Leningradi_Edasi_toimetus, lk 94
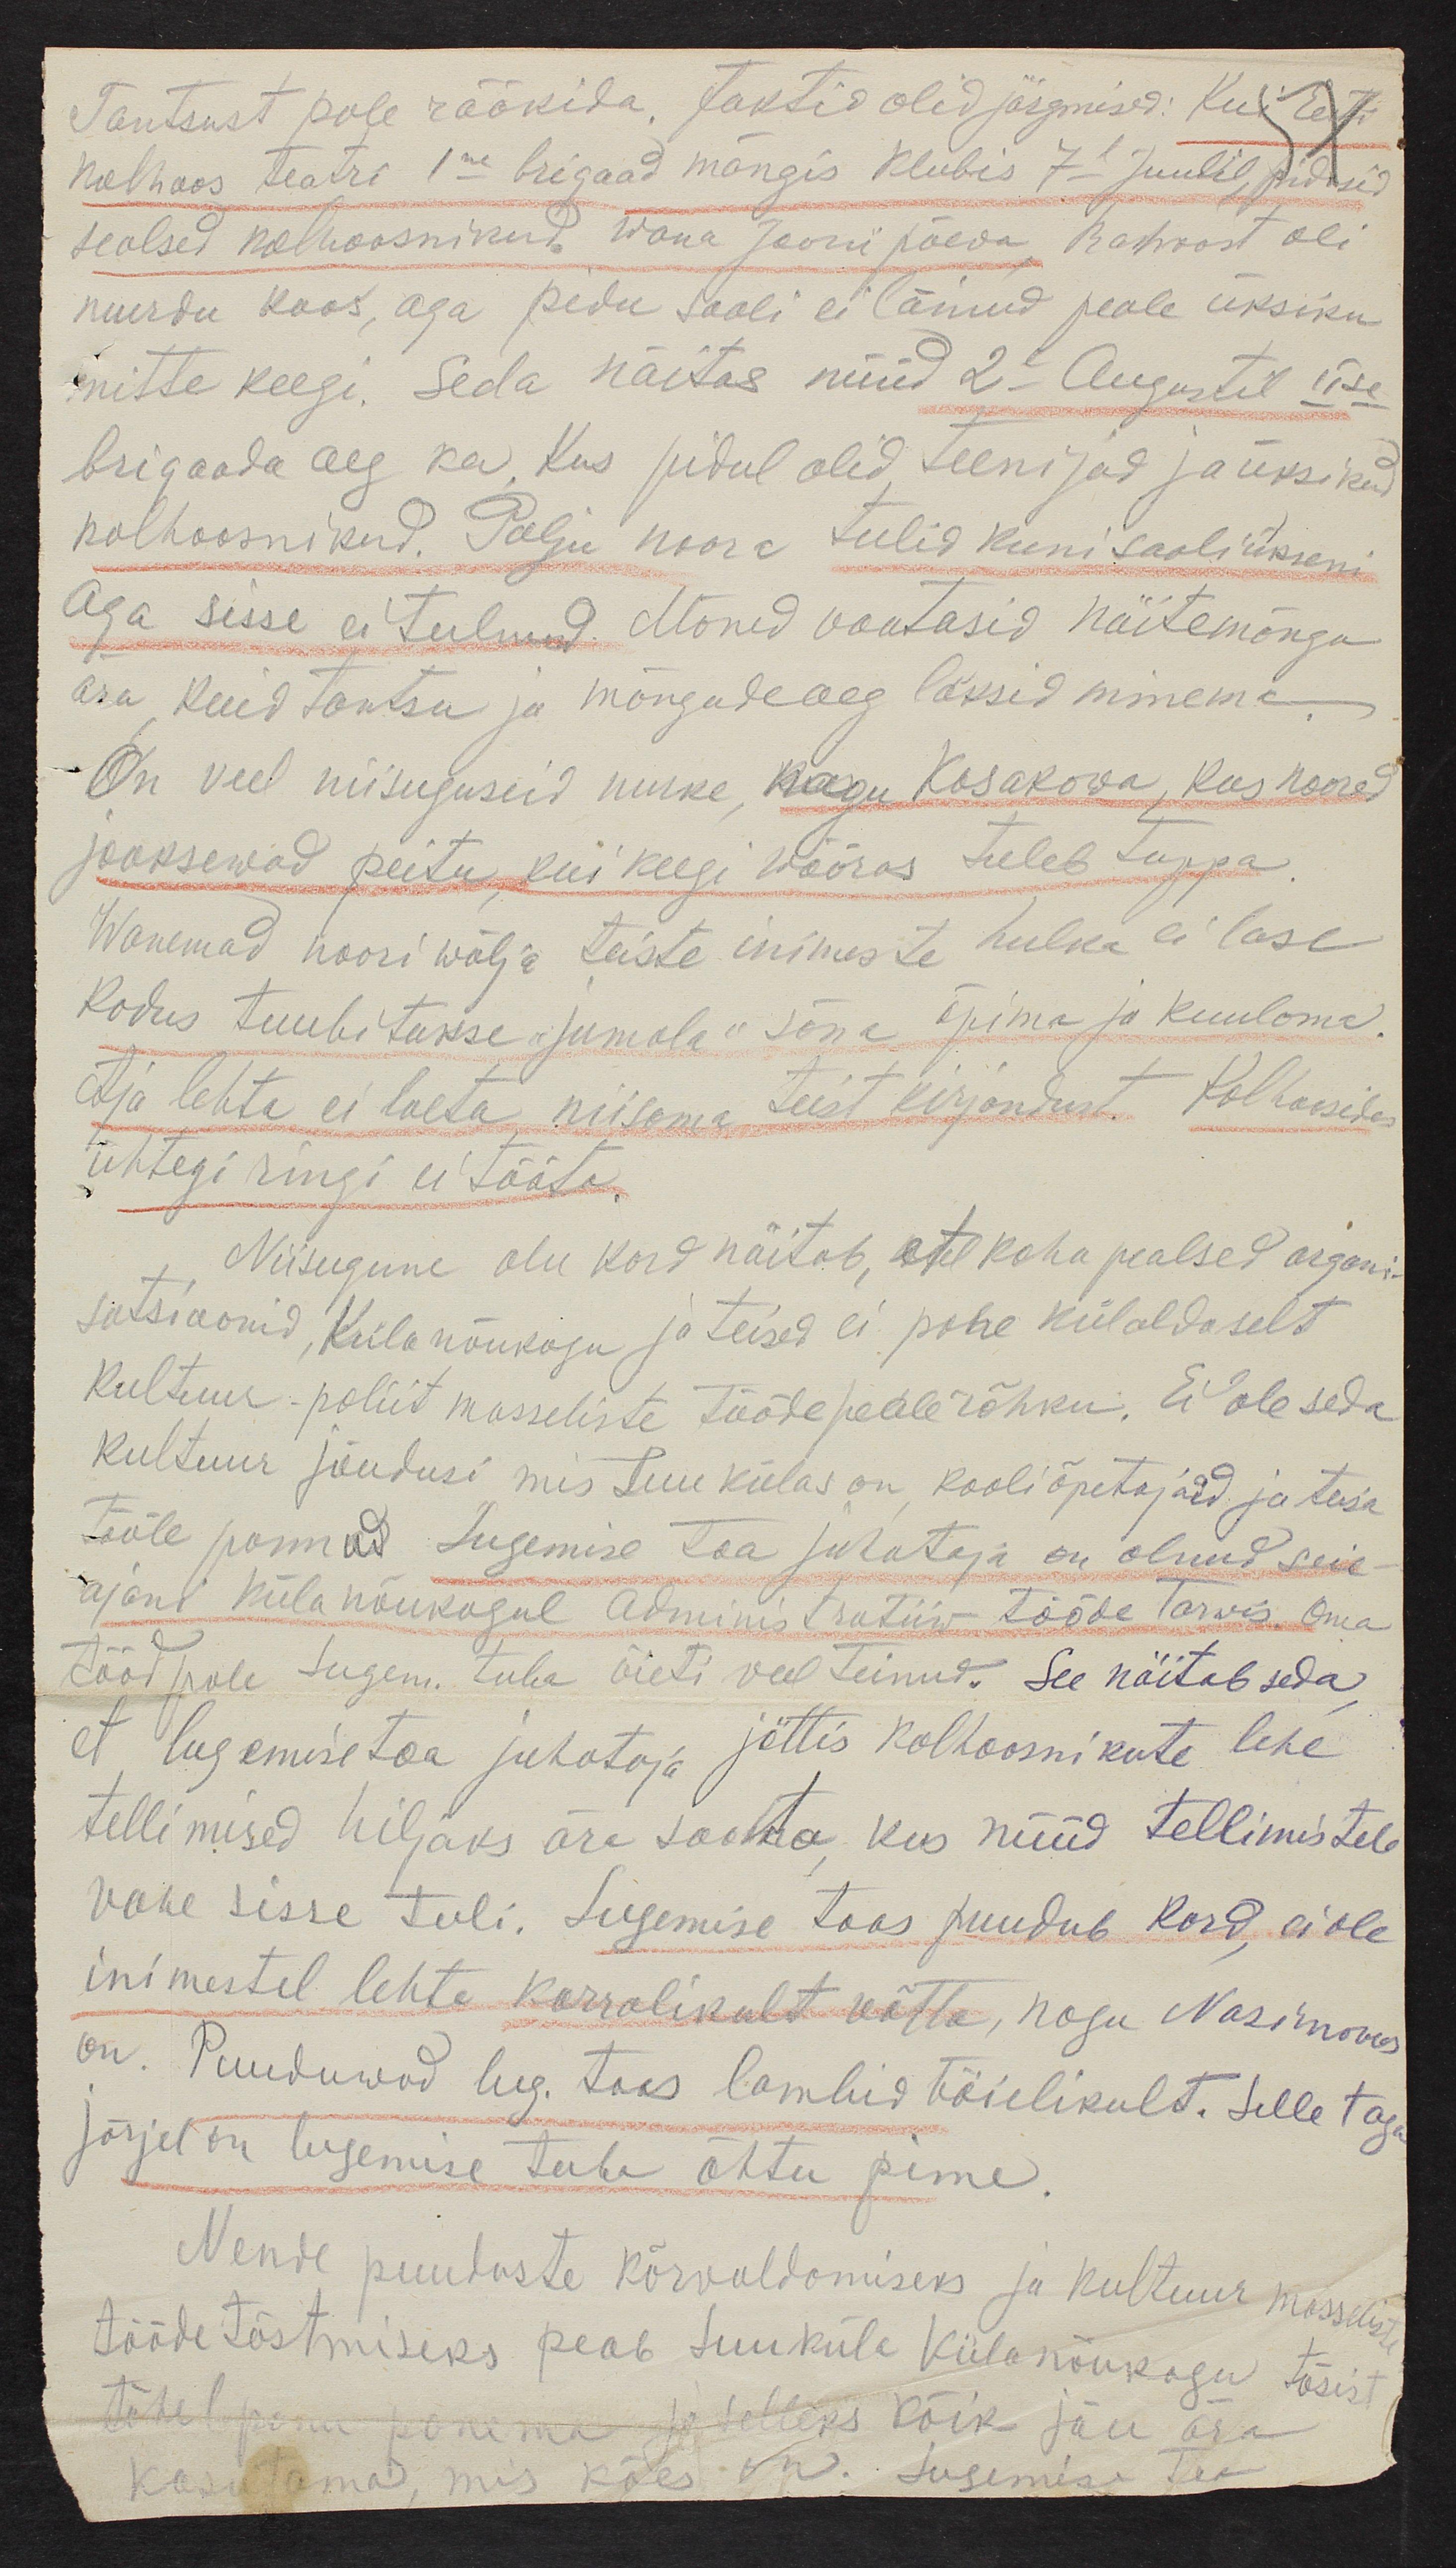
Tantsust pole rääkida,. faktid olid järgmised: Kui Eesti
kolhoos teatri 1me brigaad mängis Klubis 7- Juulil, pidnud
sealsed kolhoosnikud, wana Jaanipäeva Rahvast oli
murdu koos, aga pidu saali ei läinud peale üksiku
mitte keegi. Seda näitas nüüd 2- Augustil IIse
brigaada aeg ka, kus pidul olid teenijad ja üksikud
kolhoosnikud. Palju noori tulid kuni saali ukseni
aga sisse ei tulnud. Mõned vaatasid näitemängu
ära kuid tantsu ja mängudeaeg läksid minema
On veel niisuguseid nurke, nagu Kosakowa, kus noored
jooksevad peitu kui keegi võõras tuleb tuppa
Wanemad noori wälja teiste inimeste hulka ei lase
Kodus tuubitakse "jumala" sõna õpima ja kuulama.
Ajalehte ei loeta, niisama teist kirjandust. Kolhoosides
ühtegi ringi ei tööta.
Niisugune olukord näitab, et koha pealsed organi-
satsioonid, Külanõukogu ja teised ei pane külaldaselt
kultuur-poliit masseliste tööde peale rõhku. Ei ole seda
kultuur jõudusi mis Luukülas on kooliõpetajaid ja teise
tööle pannud lugemise toajuhataja on olnud seie
ajani külanõukogul administratiiv tööde tarwis. Oma
tööd pole lugem. tuba õieti veel teinud. See näitab seda
et lugemisetoa juhataja jättis kolhoosnikute lehe
tellimised hiljaks ära saata kus nüüd tellimistele
vahe sisse tuli. Lugemise toas puudub kord, ei ole
inimestel lehte korralikult võtta, nagu Nasimovas
on. Puuduwad lug. toas lambid täielikult. Selle taga
järjel on lugemise tuba õhtu pime.
Nende puuduste kõrvaldamiseks ja kultuur masseline
töödetõstmiseks peab Luuküla Külanõukogu tõsist
tähelepanu panema selleks kõik jõu ära
kasutama, mis käes on lugemise toa